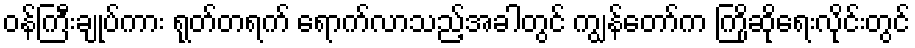
ဝန်ကြီးချုပ်ကား ရုတ်တရက် ရောက်လာသည့်အခါတွင် ကျွန်တော်က ကြိုဆိုရေးလိုင်းတွင်